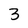
Character: 3